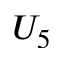
U _ { 5 }